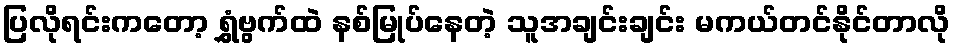
ပြလိုရင်းကတော့ ရွှံဗွက်ထဲ နစ်မြုပ်နေတဲ့ သူအချင်းချင်း မကယ်တင်နိုင်တာလို